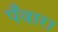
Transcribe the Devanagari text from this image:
पँवारा